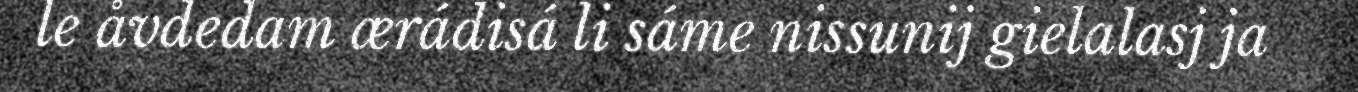
le åvdedam ærádisá li sáme nissunij gielalasj ja